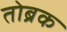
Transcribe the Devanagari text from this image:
तोब्रक